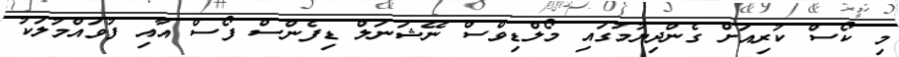
މި ކޯސް ކުރިއަށް ގެންދިޔުމުގައި މޯލްޑިވްސް ނޭޝަނަލް ޑިފެންސް ފޯސް އާއި ފުވައްމުލަކު